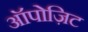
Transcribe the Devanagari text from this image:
ऑपोज़िट